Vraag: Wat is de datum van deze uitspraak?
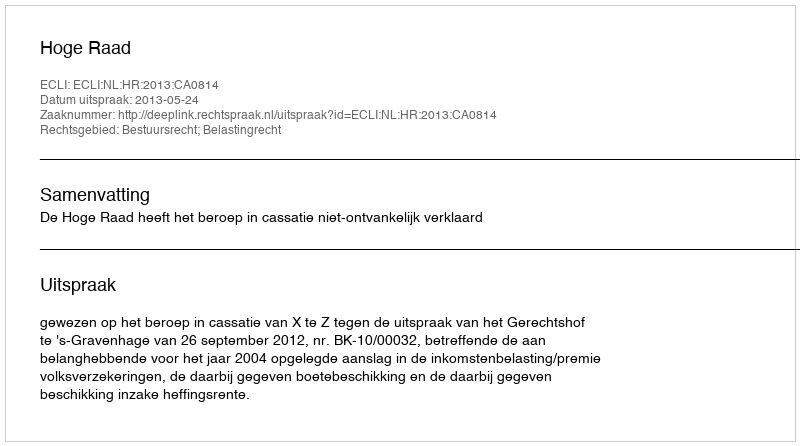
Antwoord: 2013-05-24